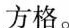
个方格。